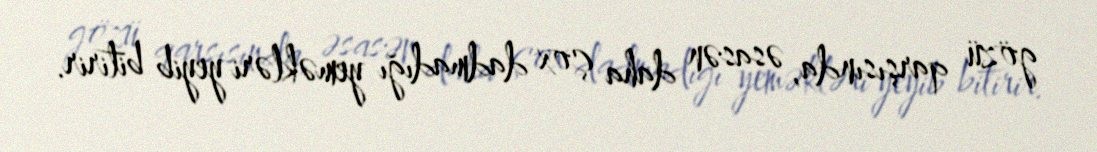
gözü qarşısında, əsasən daha çox dadmadığı yeməkləri yeyib bitirir.